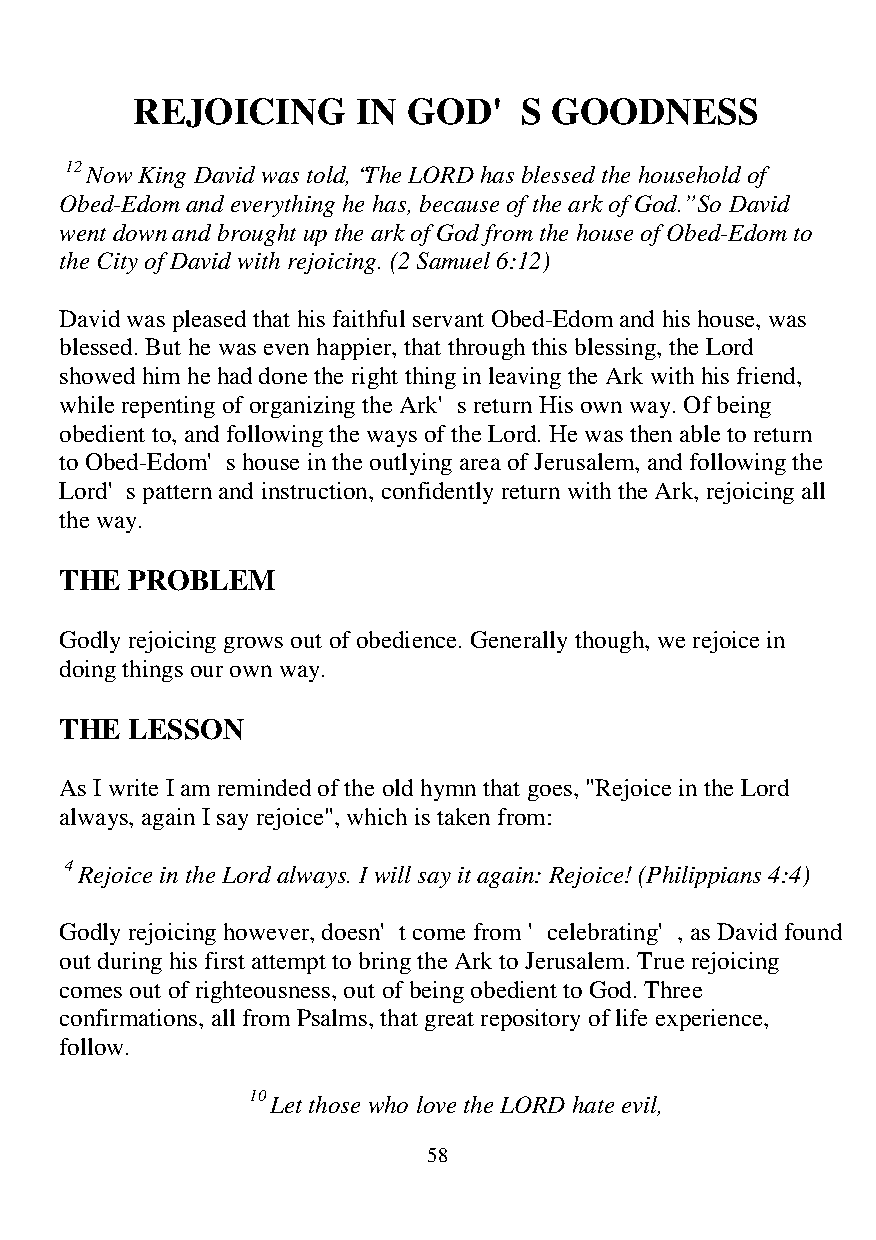
REJOICING      IN GOD'S    GOODNESS
 12 Now King David was told, “The LORD has blessed the household of
 Obed-Edom and everything he has, because of the ark of God.” So David
 went down and brought up the ark of God from the house of Obed-Edom to
 the City of David with rejoicing. (2 Samuel 6:12)
 David was pleased that his faithful servant Obed-Edom and his house, was
 blessed. But he was even happier, that through this blessing, the Lord
 showed him he had done the right thing in leaving the Ark with his friend,
 while repenting of organizing the Ark's return His own way. Of being
 obedient to, and following the ways of the Lord. He was then able to return
 to Obed-Edom's house in the outlying area of Jerusalem, and following the
 Lord's pattern and instruction, confidently return with the Ark, rejoicing all
 the way.
 THE PROBLEM
 Godly rejoicing grows out of obedience. Generally though, we rejoice in
 doing things our own way.
 THE LESSON
 As I write I am reminded of the old hymn that goes, "Rejoice in the Lord
 always, again I say rejoice", which is taken from:
 4 Rejoice in the Lord always. I will say it again: Rejoice! (Philippians 4:4)
 Godly rejoicing however, doesn't come from 'celebrating', as David found
 out during his first attempt to bring the Ark to Jerusalem. True rejoicing
 comes out of righteousness, out of being obedient to God. Three
 confirmations, all from Psalms, that great repository of life experience,
 follow.
 10 Let those who love the LORD hate evil,
 58